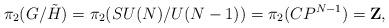
LaTeX: \begin{align*}\pi_2(G/\tilde H) = \pi_2(SU(N)/U(N-1)) = \pi_2(CP^{N-1}) = {\bf Z} ,\end{align*}